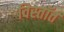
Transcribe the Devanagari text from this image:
विस्तॉत